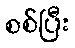
စစ်ပြီး